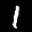
Label: 1